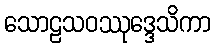
သောဠသဝဿုဒ္ဒေသိကာ